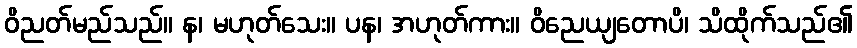
ဝိညတ်မည်သည်။ န၊ မဟုတ်သေး။ ပန၊ အဟုတ်ကား။ ဝိညေယျတောပိ၊ သိထိုက်သည်၏